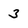
Character: 3